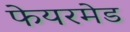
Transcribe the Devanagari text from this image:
फेयरमेड